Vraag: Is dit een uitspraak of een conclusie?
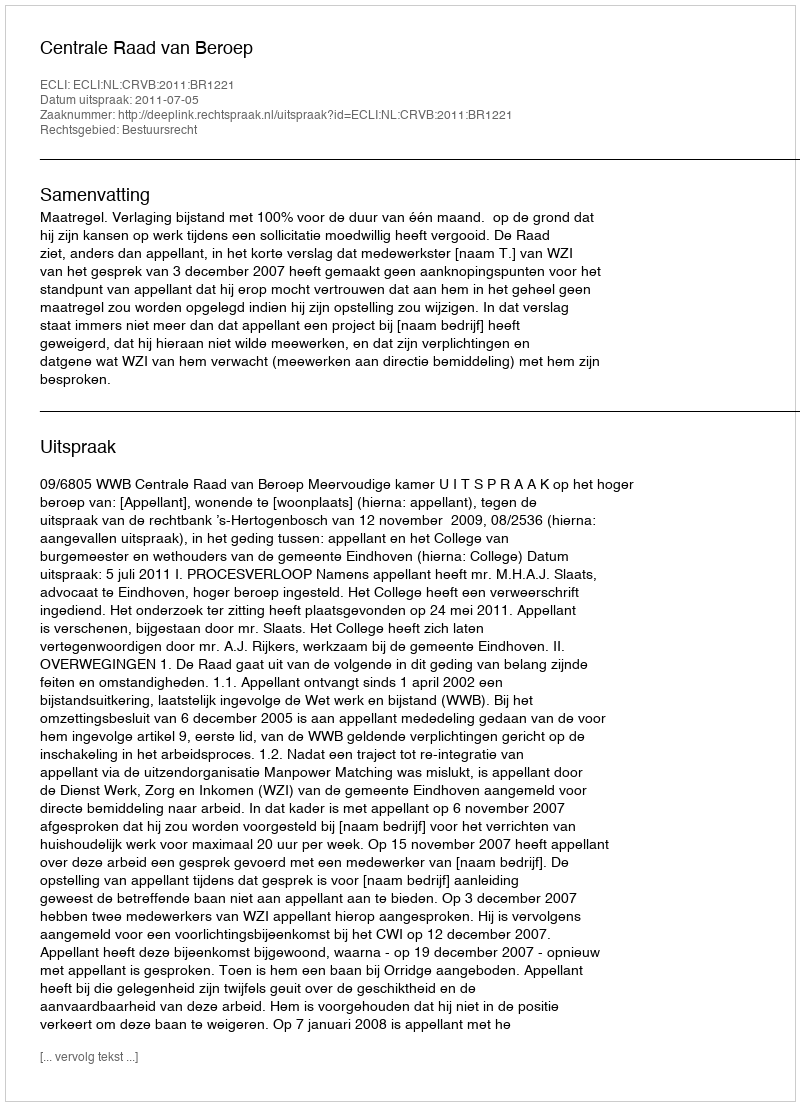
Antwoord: Uitspraak